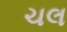
ચલ